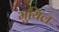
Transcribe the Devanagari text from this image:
मुयिल